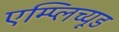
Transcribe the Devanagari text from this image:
एम्प्लिच्यूड